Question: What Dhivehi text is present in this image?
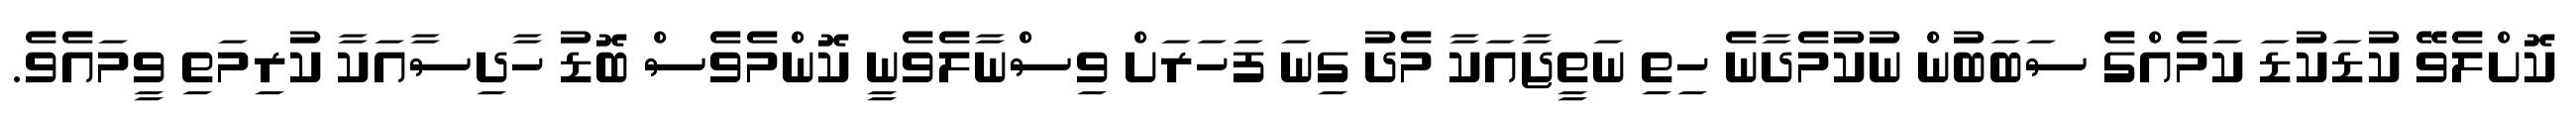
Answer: ކޮށްލެވޭ ކުޑަކުޑަ ކަމެއްގެ ސަބަބުން ނުކުމެދާނެ ހިތި ނަތީޖާއަކާ މެދު ގިނަ ފަހަރަށް ވިސްނާލެވެނީ ކޮންމެވެސް ބޮޑު ހާދިސާއަކާ ކުރިމަތި ވީމައެވެ.